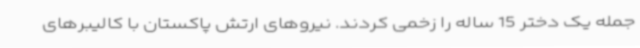
جمله یک دختر 15 ساله را زخمی کردند. نیروهای ارتش پاکستان با کالیبرهای